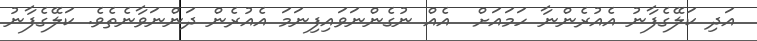
އަދި ކަލޭގެފާނު އެއުރެންނާ ހަމައަށް  އެއް ނުގެންނަވައިފިނަމަ އެއުރެން ދަންނަވާނެތެވެ. ކަލޭގެފާނު